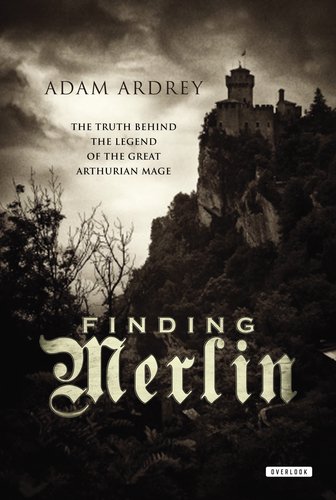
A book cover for Finding Merlin: The Truth Behind the Legend of the Great Arthurian Mage; Adam Ardrey; Religion & Spirituality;